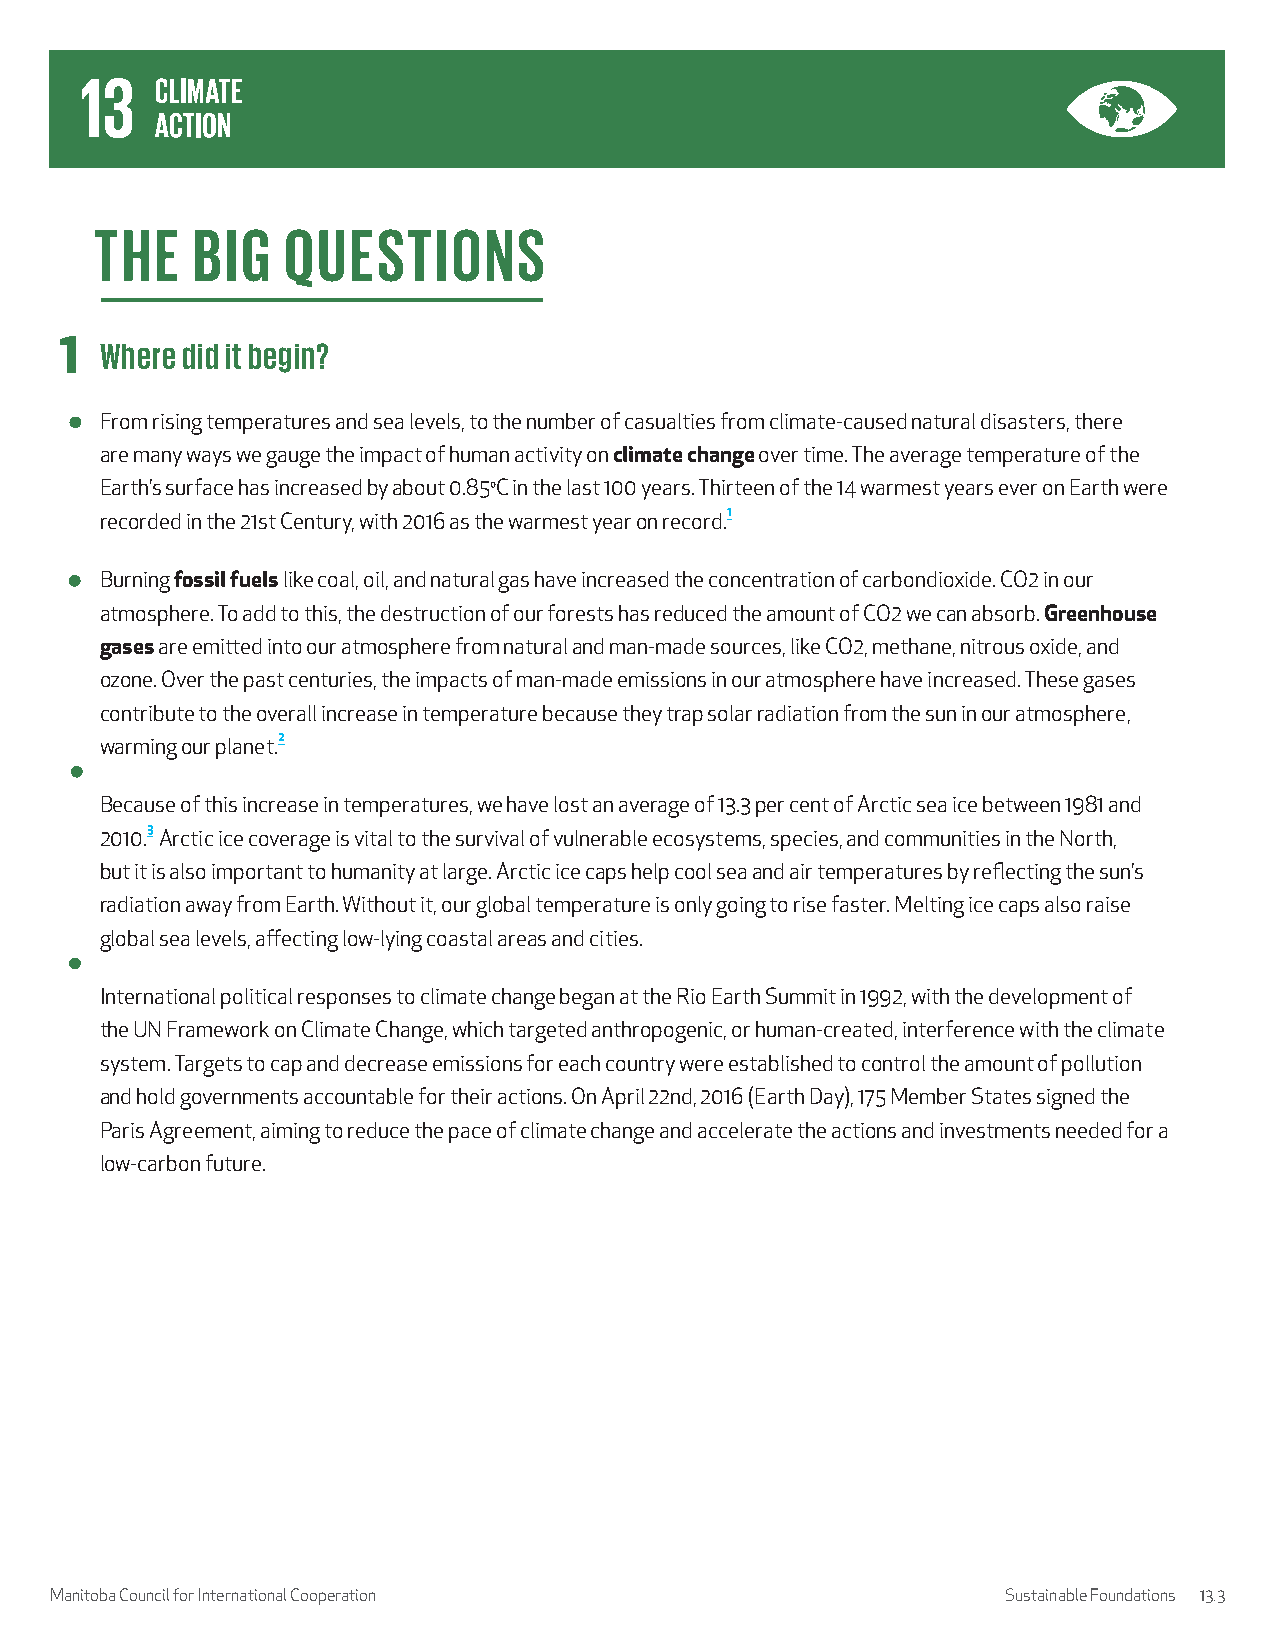
THE    BIG   QUESTIONS
 1  Where did it begin?
 From rising temperatures and sea levels, to the number of casualties from climate-caused natural disasters, there
 are many ways we gauge the impact of human activity on climate change over time. The average temperature of the
 Earth’s surface has increased by about 0.85oC in the last 100 years. Thirteen of the 14 warmest years ever on Earth were
 recorded in the 21st Century, with 2016 as the warmest year on record.1
 Burning fossil fuels like coal, oil, and natural gas have increased the concentration of carbondioxide. CO2 in our
 atmosphere. To add to this, the destruction of our forests has reduced the amount of CO2 we can absorb. Greenhouse
 gases are emitted into our atmosphere from natural and man-made sources, like CO2, methane, nitrous oxide, and
 ozone. Over the past centuries, the impacts of man-made emissions in our atmosphere have increased. These gases
 contribute to the overall increase in temperature because they trap solar radiation from the sun in our atmosphere,
 warming our planet.2
 Because of this increase in temperatures, we have lost an average of 13.3 per cent of Arctic sea ice between 1981 and
 2010.3 Arctic ice coverage is vital to the survival of vulnerable ecosystems, species, and communities in the North,
 but it is also important to humanity at large. Arctic ice caps help cool sea and air temperatures by reflecting the sun’s
 radiation away from Earth. Without it, our global temperature is only going to rise faster. Melting ice caps also raise
 global sea levels, affecting low-lying coastal areas and cities.
 International political responses to climate change began at the Rio Earth Summit in 1992, with the development of
 the UN Framework on Climate Change, which targeted anthropogenic, or human-created, interference with the climate
 system. Targets to cap and decrease emissions for each country were established to control the amount of pollution
 and hold governments accountable for their actions. On April 22nd, 2016 (Earth Day), 175 Member States signed the
 Paris Agreement, aiming to reduce the pace of climate change and accelerate the actions and investments needed for a
 low-carbon future.
 Manitoba Council for International Cooperation                  Sustainable Foundations 13.3